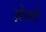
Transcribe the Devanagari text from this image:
ज़ेलो